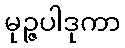
မုဉ္ဇပါဒုကာ